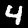
Digit: 4